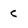
Character: C